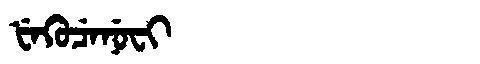
Manchu: ᡶᡝᡴᡠᠴᡝᠨᡠᠸᡳ
Romanization: FEKUCENUFI